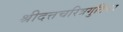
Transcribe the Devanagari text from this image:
श्रीदत्तचरित्रगुटिका